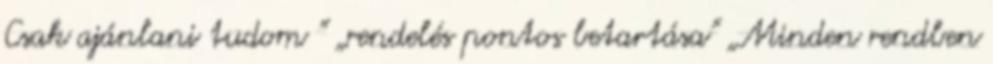
Csak ajánlani tudom ” „rendelés pontos betartása” „Minden rendben